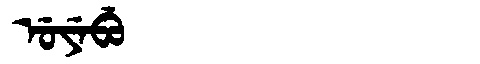
Manchu: ᡠᠶᡝᠪᡠ
Romanization: UYEBU